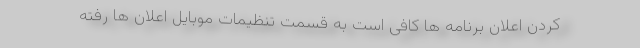
کردن اعلان برنامه ها کافی است به قسمت تنظیمات موبایل اعلان ها رفته